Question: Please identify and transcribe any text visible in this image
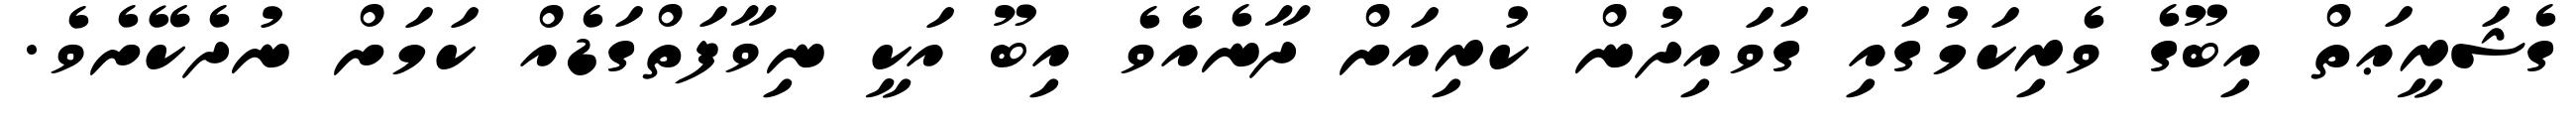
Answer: ގެޝަރީޢަތް އިބޫގެ ވެރިކަމުގައި ގަވައިދުން ކުރިއަށް ދާނެއެވެ އިބޫ އަކީ ނިވާފަތްގަޑެއް ކަމަށް ނުދެކޭށެވެ.